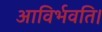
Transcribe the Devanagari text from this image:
आविर्भवति।